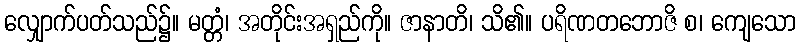
လျှောက်ပတ်သည်၌။ မတ္တံ၊ အတိုင်းအရှည်ကို။ ဇာနာတိ၊ သိ၏။ ပရိဏတဘောဇိ စ၊ ကျေသော